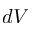
d V